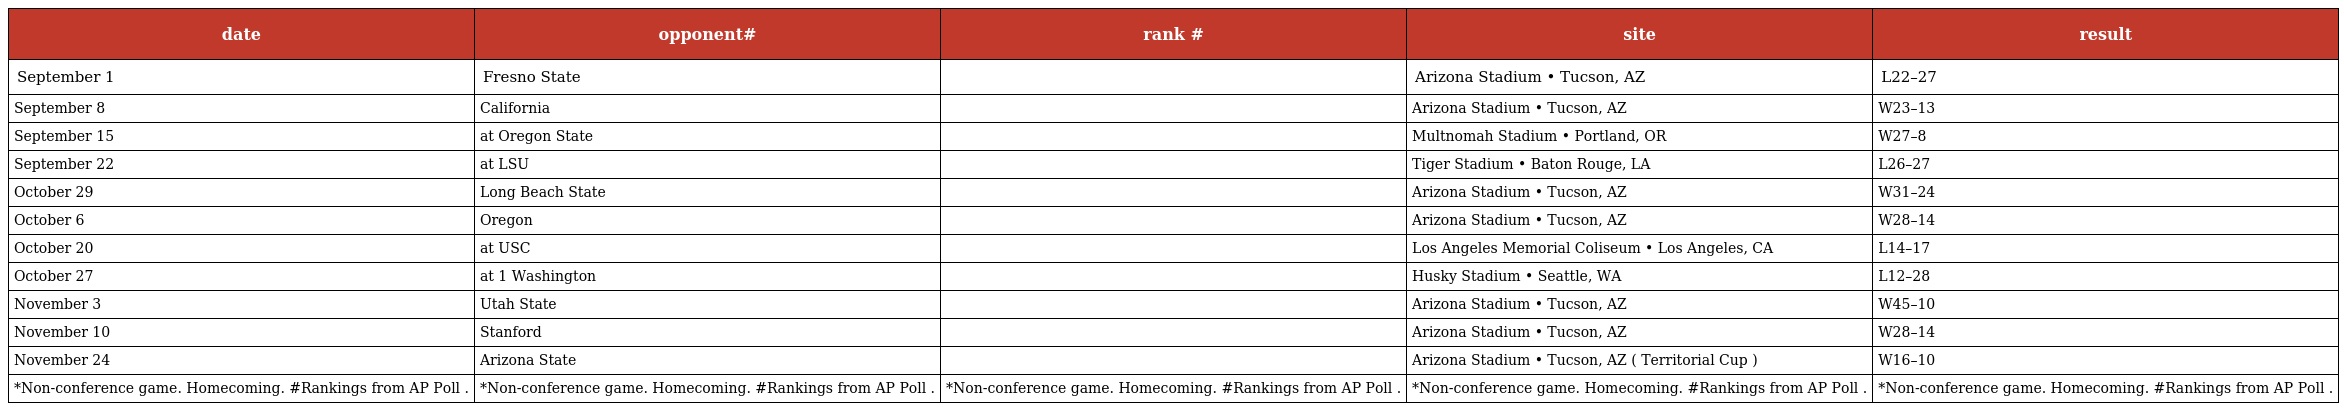
| date | opponent# | rank # | site | result |
 | --- | --- | --- | --- | --- |
 | September 1 | Fresno State |  | Arizona Stadium • Tucson, AZ | L22–27 |
 | September 8 | California |  | Arizona Stadium • Tucson, AZ | W23–13 |
 | September 15 | at Oregon State |  | Multnomah Stadium • Portland, OR | W27–8 |
 | September 22 | at LSU |  | Tiger Stadium • Baton Rouge, LA | L26–27 |
 | October 29 | Long Beach State |  | Arizona Stadium • Tucson, AZ | W31–24 |
 | October 6 | Oregon |  | Arizona Stadium • Tucson, AZ | W28–14 |
 | October 20 | at USC |  | Los Angeles Memorial Coliseum • Los Angeles, CA | L14–17 |
 | October 27 | at 1 Washington |  | Husky Stadium • Seattle, WA | L12–28 |
 | November 3 | Utah State |  | Arizona Stadium • Tucson, AZ | W45–10 |
 | November 10 | Stanford |  | Arizona Stadium • Tucson, AZ | W28–14 |
 | November 24 | Arizona State |  | Arizona Stadium • Tucson, AZ ( Territorial Cup ) | W16–10 |
 | *Non-conference game. Homecoming. #Rankings from AP Poll . | *Non-conference game. Homecoming. #Rankings from AP Poll . | *Non-conference game. Homecoming. #Rankings from AP Poll . | *Non-conference game. Homecoming. #Rankings from AP Poll . | *Non-conference game. Homecoming. #Rankings from AP Poll . |